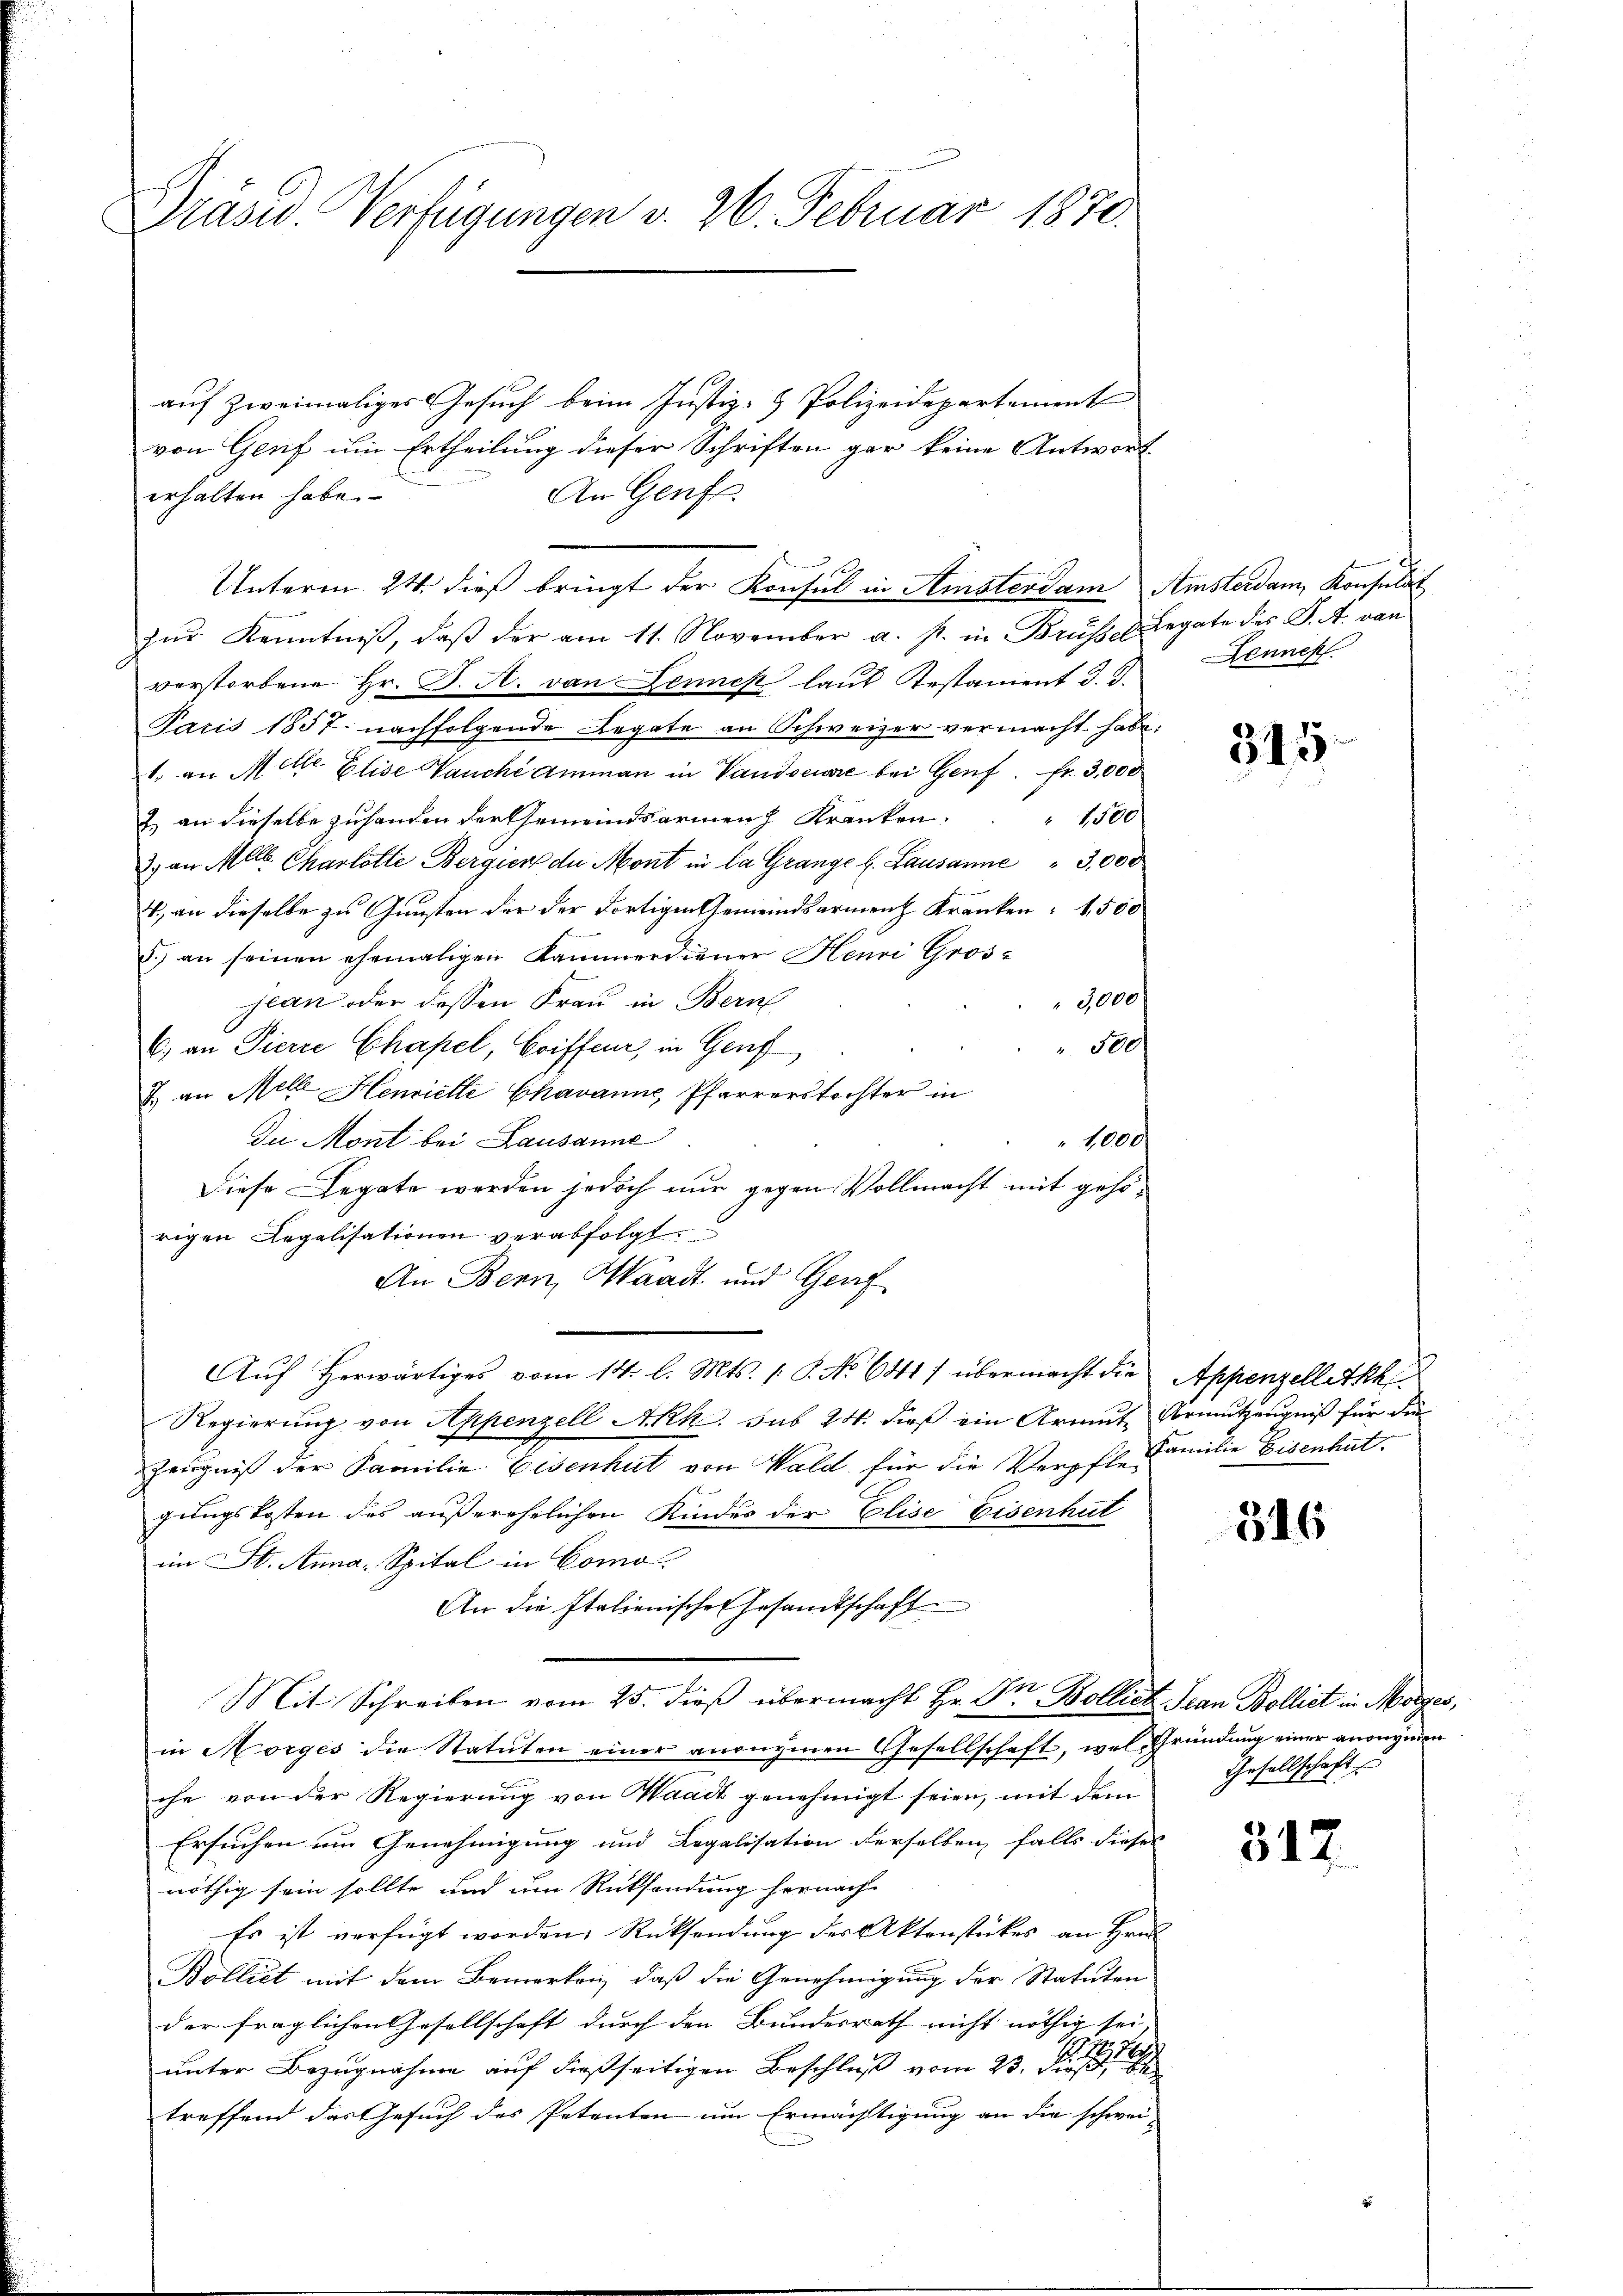
Präsid. Verfügungen v. 26. Februar 1870.

auf zweimaliges Gesuch beim Justiz- & Polizeidepartement
von Genf um Ertheilung dieser Schriften gar keine Antwort-
An Genf
erhalten habe.
zŭr Kenntniß, daß der am 11. November a. s. in Brüssel Legate des J. A. von
verstorbene Hr. P. A. von Jennek laut Testament d. J.
Paris 1857 nachfolgende Legate an Schweizer vermacht habe:
1. an M. M. Elise Vauche Ammann in Vandsciare bei Genf. fr. 3,000
 1,500
E. an dieselbe zuhanden der Gemeindsarmen Kranken.
2.) an Mlle. Charlotte Bergien de Mont in la Grange l. Lausanne  "  3,000
4., an dieselbe zu Gunsten der der dortigen Gemeindsarmen Kranken: 1,500
d.) an seinen ehemaligen Kammerdiener Henri Gros-
3000
jean oder dessen Frau in Bern
" 500
6) an Pierre Chapel, Coiffeur, in Genf
J. an Mill Henriette Chavanne, Pfarrerstochter in
Die Mont bei Lausanne
1000
Diese Legate werden jedoch nur gegen Vollmacht mit gehörigen Legalisationen verabfolgt
An Bern, Waadt und Genf
Aŭf herwärtiges vom 14. l. Mts. /: P. No 6841) übermacht die Appenzelletkh
Regierung von Appenzell Akk. sub 24. dieß ein Armut- Armutzeugniß für die
Zeugniß der Familie Eisenhut von Wald für die Verpfl. Familie Eisenhat.
gungskosten des außerehelichen Kindes der Elise Eisenhut
im St. Anna Spital in Como
An die Italienischen Gesandtschaft
Mit Schreiben vom 25. dieβ übermacht Hr. Dr. Bollich Jean Bolliet in Morges,
in Morges die Statuten einer anzuzinen Gesellschaft, wel Gründung einer anonymen
che von der Regierung von Waadt genehmigt seien, mit dem
Ersuchen um Genehmigung und Legalisation derselben falls dieser
nöthig sein sollte und um Rücksendung hernach-
Es ist verfügt worden. Rücksendung der Aktenstückes an Hrn.
Bolliet mit dem Bemerken, daß die Genehmigung der Statuten
der fraglichen Gesellschaft durch den Bundesrath nicht nöthig sei,
unter Bezugnahme auf dießseitigen Beschluß vom 23. Der
treffend das Gesuch des Petenten um Ermächtigung an die schwei-

Unterm 24. dieß bringt der Konsul in Amsterdam Amsterdam, Konsulat

Bennen.

315

316

Gesellschaft

347.